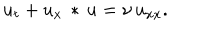
LaTeX: u _ { t } + u _ { x } \, * \, u = \nu \, u _ { x x } .